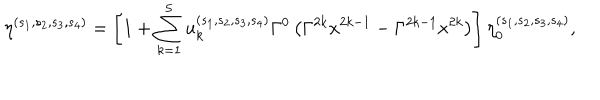
LaTeX: \eta ^ { ( s _ { 1 } , s _ { 2 } , s _ { 3 } , s _ { 4 } ) } = \left[ 1 + \sum _ { k = 1 } ^ { 5 } u _ { k } ^ { ( s _ { 1 } , s _ { 2 } , s _ { 3 } , s _ { 4 } ) } \Gamma ^ { 0 } \left( \Gamma ^ { 2 k } x ^ { 2 k - 1 } - \Gamma ^ { 2 k - 1 } x ^ { 2 k } \right) \right] \eta _ { 0 } ^ { ( s _ { 1 } , s _ { 2 } , s _ { 3 } , s _ { 4 } ) } ,